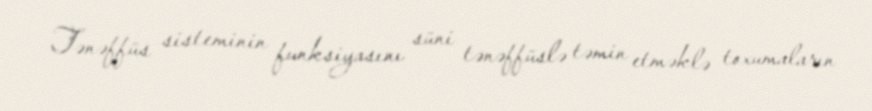
Tənəffüs sisteminin funksiyasını süni tənəffüslə təmin etməklə toxumaların